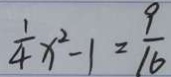
\frac { 1 } { 4 } x ^ { 2 } - 1 = \frac { 9 } { 1 6 }